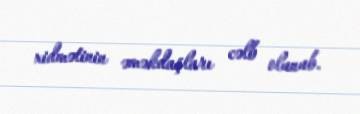
xidmətinin əməkdaşları cəlb olunub.